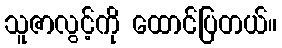
သူဇာလွင့်ကို ထောင်ပြတယ်။